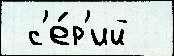
 с'е́р'ий